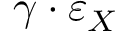
\gamma \cdot \varepsilon _ { X }